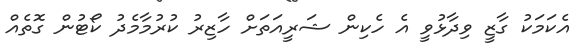
އެކަމަކު ގާޒީ ވިދާޅުވީ އެ ހެކިން ޝަރީއަތަށް ހާޒިރު ކުރުމާމެދު ކޯޓުން ގޮތެއް